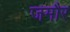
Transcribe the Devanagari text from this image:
जमौर